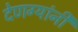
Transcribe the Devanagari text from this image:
देणग्यांनी